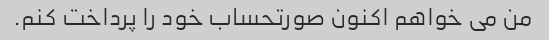
من می خواهم اکنون صورتحساب خود را پرداخت کنم.